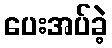
ပေးအပ်ခဲ့